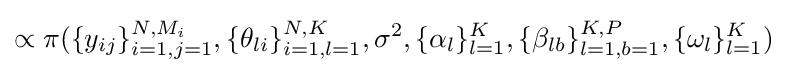
\propto \pi (\{y_{ij}\}_{i=1,j=1}^{N,M_{i}},\{\theta _{li}\}_{i=1,l=1}^{N,K},\sigma ^{2},\{\alpha _{l}\}_{l=1}^{K},\{\beta _{lb}\}_{l=1,b=1}^{K,P},\{\omega _{l}\}_{l=1}^{K})